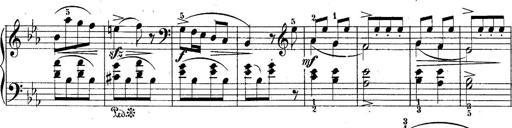
Title: 10 Sonatines progressives
Composer: Anton Schmoll